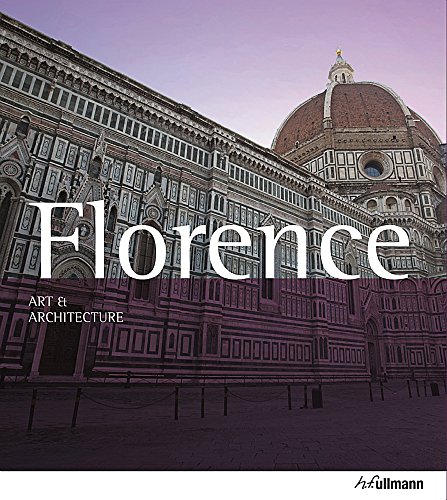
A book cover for Art & Architecture Florence; RolfC. Wirtz; Arts & Photography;